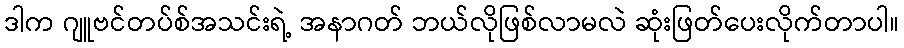
ဒါက ဂျူဗင်တပ်စ်အသင်းရဲ့ အနာဂတ် ဘယ်လိုဖြစ်လာမလဲ ဆုံးဖြတ်ပေးလိုက်တာပါ။